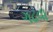
ગઢવા